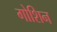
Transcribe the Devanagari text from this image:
गोशिन